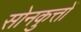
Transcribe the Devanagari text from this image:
सोनकुत्तों